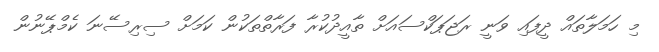
މި ހަމަލާތައް ދީފައި ވަނީ ރަޖަޕަކްސައަށް ތާއީދުކުރާ ފަރާތްތަކުން ކަމަށް ސިރިސޭނަ ކެމްޕޭނުން